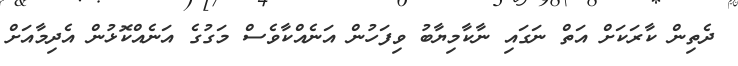
ދެތިން ކާރަކަށް އަތް ނަގައި ނާކާމިޔާބު ވިފަހުން އަނެއްކާވެސް މަގުގެ އަނެއްކޮޅުން އެދިމާއަށް